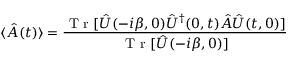
\langle \hat { A } ( t ) \rangle = \frac { \textrm { T r } [ \hat { U } ( - i \beta , 0 ) \hat { U } ^ { \dagger } ( 0 , t ) \hat { A } \hat { U } ( t , 0 ) ] } { \textrm { T r } [ \hat { U } ( - i \beta , 0 ) ] }